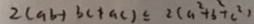
2 ( a b + b c + a c ) \leq 2 ( a ^ { 2 } + b ^ { 2 } + c ^ { 2 } )